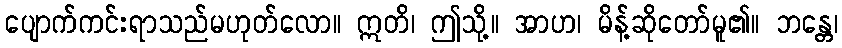
ပျောက်ကင်းရာသည်မဟုတ်လော။ ဣတိ၊ ဤသို့။ အာဟ၊ မိန့်ဆိုတော်မူ၏။ ဘန္တေ၊